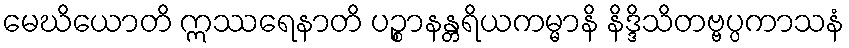
မေဃိယောတိ ဣဿရေနာတိ ပဉ္စာနန္တရိယကမ္မာနိ နိဒ္ဒိသိတဗ္ဗပ္ပကာသနံ